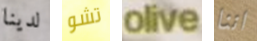
لدينا تشو olive اننا